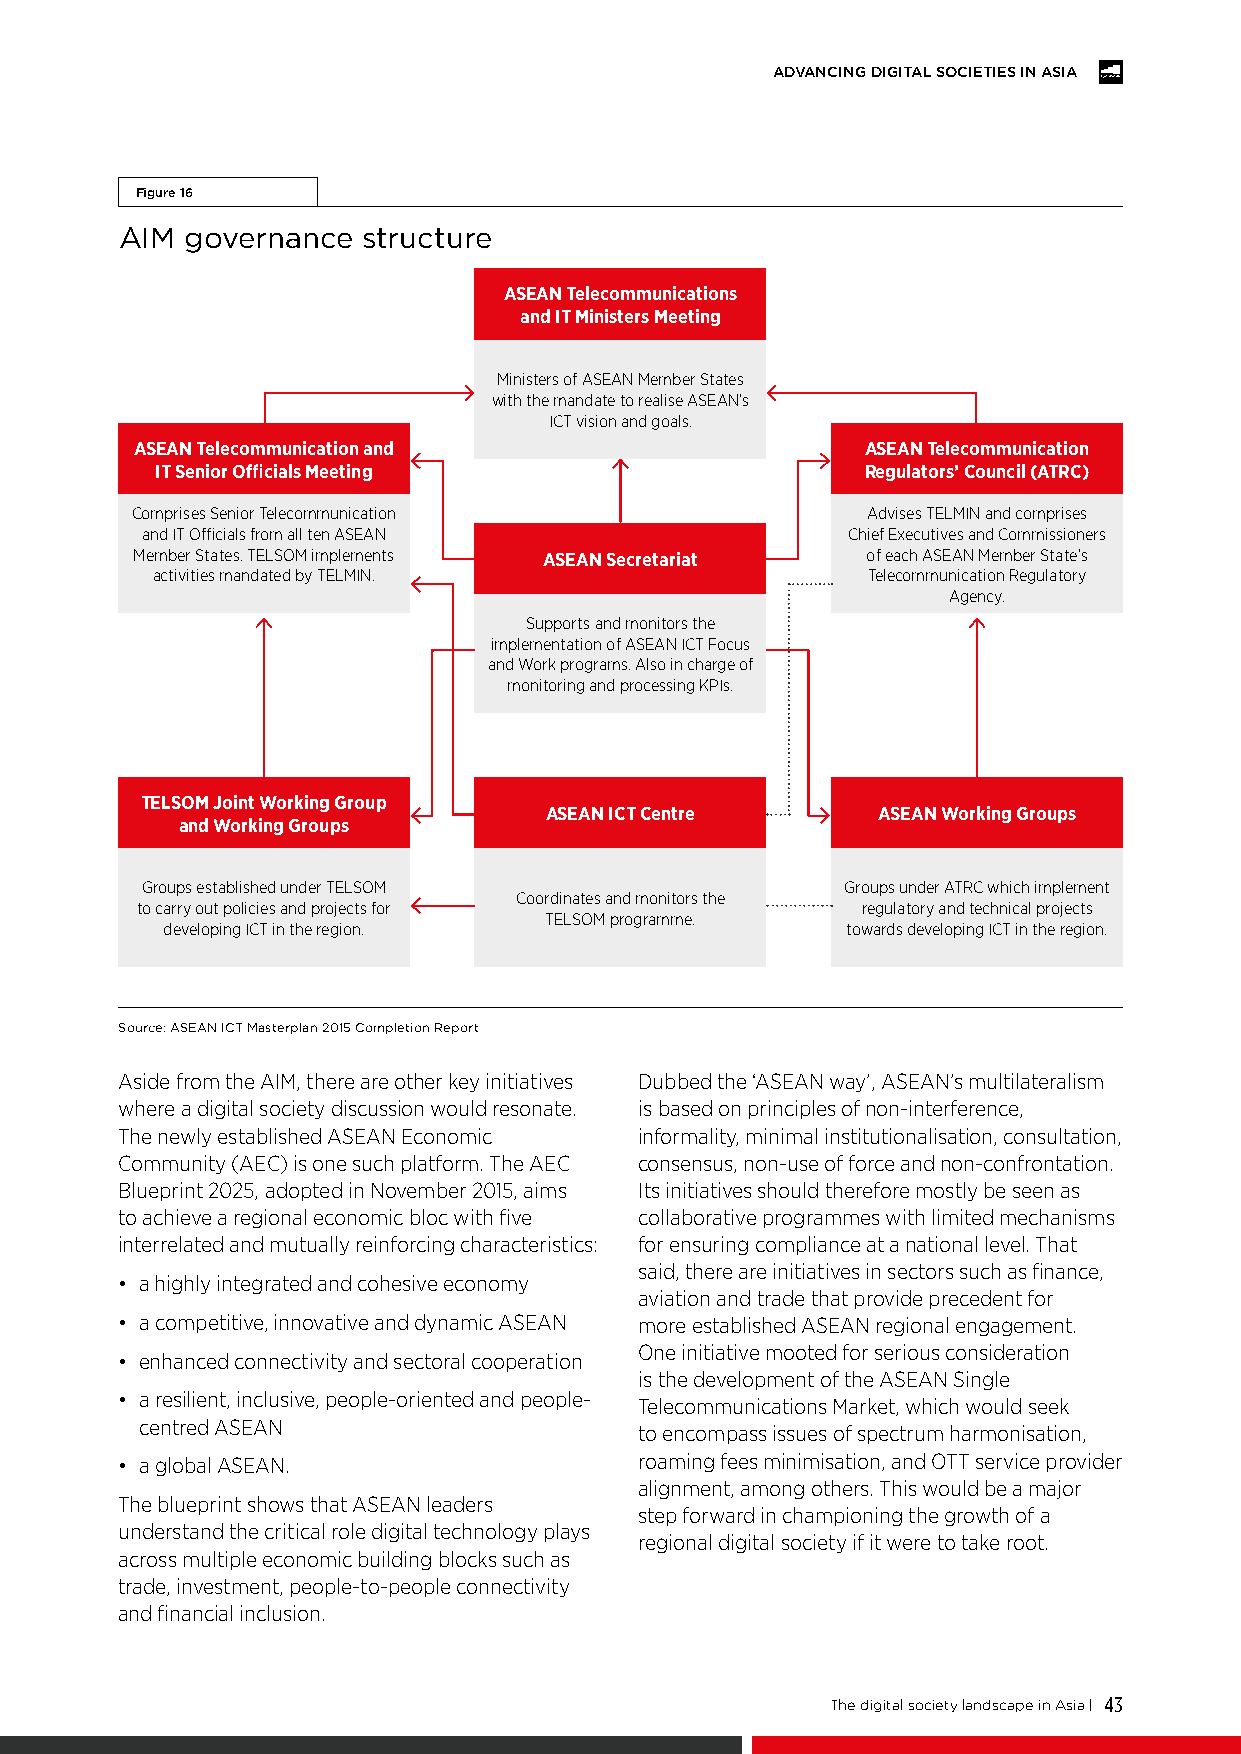
ADVANCING DIGITAL SOCIETIES IN ASIA
 Figure 16
 AIM governance  structure
 ASEAN Telecommunications
 and IT Ministers Meeting
 Ministers of ASEAN Member States
 with the mandate to realise ASEAN’s
 ICT vision and goals.
 ASEAN Telecommunication and                     ASEAN Telecommunication
 IT Senior Officials Meeting                    Regulators’ Council (ATRC)
 Comprises Senior Telecommunication              Advises TELMIN and comprises
 and IT Officials from all ten ASEAN            Chief Executives and Commissioners
 Member States. TELSOM implements ASEAN Secretariat of each ASEAN Member State’s
 activities mandated by TELMIN.                 Telecommunication Regulatory
 Agency.
 Supports and monitors the
 implementation of ASEAN ICT Focus
 and Work programs. Also in charge of
 monitoring and processing KPIs.
 TELSOM Joint Working Group
 ASEAN ICT Centre      ASEAN Working Groups
 and Working Groups
 Groups established under TELSOM                Groups under ATRC which implement
 Coordinates and monitors the
 to carry out policies and projects for          regulatory and technical projects
 TELSOM programme.
 developing ICT in the region.                towards developing ICT in the region.
 Source: ASEAN ICT Masterplan 2015 Completion Report
 Aside from the AIM, there are other key initiatives Dubbed the ‘ASEAN way’, ASEAN’s multilateralism
 where a digital society discussion would resonate. is based on principles of non-interference,
 The newly established ASEAN Economic informality, minimal institutionalisation, consultation,
 Community (AEC) is one such platform. The AEC consensus, non-use of force and non-confrontation.
 Blueprint 2025, adopted in November 2015, aims Its initiatives should therefore mostly be seen as
 to achieve a regional economic bloc with five collaborative programmes with limited mechanisms
 interrelated and mutually reinforcing characteristics: for ensuring compliance at a national level. That
 said, there are initiatives in sectors such as finance,
 • a highly integrated and cohesive economy
 aviation and trade that provide precedent for
 • a competitive, innovative and dynamic ASEAN more established ASEAN regional engagement.
 One initiative mooted for serious consideration
 • enhanced connectivity and sectoral cooperation
 is the development of the ASEAN Single
 • a resilient, inclusive, people-oriented and people-
 Telecommunications Market, which would seek
 centred ASEAN
 to encompass issues of spectrum harmonisation,
 • a global ASEAN.                 roaming fees minimisation, and OTT service provider
 alignment, among others. This would be a major
 The blueprint shows that ASEAN leaders
 step forward in championing the growth of a
 understand the critical role digital technology plays
 regional digital society if it were to take root.
 across multiple economic building blocks such as
 trade, investment, people-to-people connectivity
 and financial inclusion.
 The digital society landscape in Asia | 43